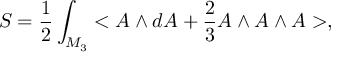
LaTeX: S = \frac { 1 } { 2 } \int _ { M _ { 3 } } < A \wedge d A + \frac { 2 } { 3 } A \wedge A \wedge A > ,